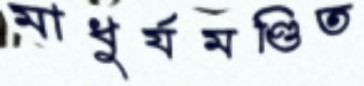
মাধুর্যমণ্ডিত